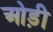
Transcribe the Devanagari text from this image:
ओड़ी